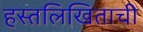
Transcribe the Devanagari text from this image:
हस्तलिखिताची